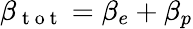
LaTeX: \beta_{\mathrm{~t~o~t~}}=\beta_{e}+\beta_{p}